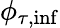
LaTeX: \phi_{\tau,\mathrm{inf}}